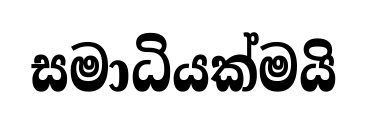
සමාධියක්මයි